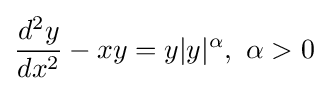
{\frac {d^{2}y}{dx^{2}}}-xy=y|y|^{\alpha },\ \alpha >0